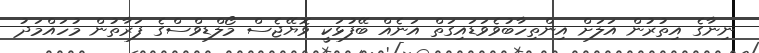
ނިނާގެ އިތުރުން އަލަށް އިންތިހާބުވެވަޑައިގަތް އަނެއް ބޭފުޅަކީ ވޮޔޭޖެސް މޯލްޑިވްސްގެ ފަރާތުން މުހައްމަދު